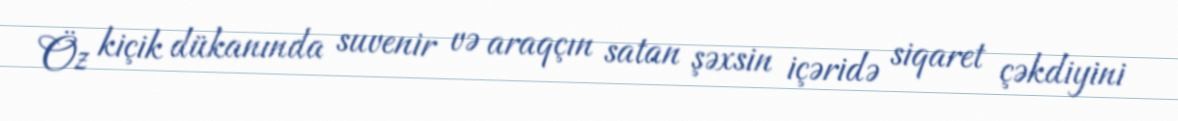
Öz kiçik dükanında suvenir və araqçın satan şəxsin içəridə siqaret çəkdiyini